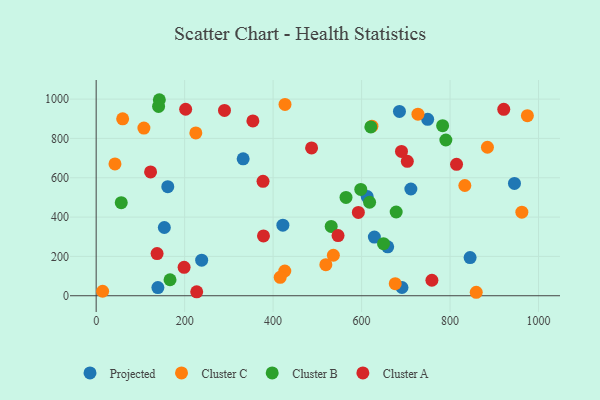
{"axis": {"x": "Study Hours", "y": "Yield"}, "legend": ["Cluster A", "Cluster B", "Cluster C", "Projected"], "data": [{"x": "711.4", "y": 542.8, "type": "Projected"}, {"x": "945.6", "y": 571.4, "type": "Projected"}, {"x": "659.0", "y": 248.7, "type": "Projected"}, {"x": "139.5", "y": 41.5, "type": "Projected"}, {"x": "422.1", "y": 359.0, "type": "Projected"}, {"x": "612.7", "y": 504.4, "type": "Projected"}, {"x": "154.1", "y": 347.1, "type": "Projected"}, {"x": "238.5", "y": 181.0, "type": "Projected"}, {"x": "685.6", "y": 937.1, "type": "Projected"}, {"x": "628.9", "y": 298.5, "type": "Projected"}, {"x": "691.3", "y": 41.8, "type": "Projected"}, {"x": "161.9", "y": 554.7, "type": "Projected"}, {"x": "749.4", "y": 897.3, "type": "Projected"}, {"x": "332.3", "y": 696.4, "type": "Projected"}, {"x": "845.3", "y": 193.9, "type": "Projected"}, {"x": "42.5", "y": 670.2, "type": "Cluster C"}, {"x": "962.3", "y": 425.0, "type": "Cluster C"}, {"x": "426.9", "y": 973.1, "type": "Cluster C"}, {"x": "426.4", "y": 125.8, "type": "Cluster C"}, {"x": "225.3", "y": 827.9, "type": "Cluster C"}, {"x": "676.1", "y": 61.5, "type": "Cluster C"}, {"x": "519.2", "y": 157.9, "type": "Cluster C"}, {"x": "107.9", "y": 852.4, "type": "Cluster C"}, {"x": "974.8", "y": 915.7, "type": "Cluster C"}, {"x": "14.6", "y": 22.8, "type": "Cluster C"}, {"x": "59.9", "y": 899.9, "type": "Cluster C"}, {"x": "833.4", "y": 560.5, "type": "Cluster C"}, {"x": "884.5", "y": 755.0, "type": "Cluster C"}, {"x": "536.2", "y": 205.8, "type": "Cluster C"}, {"x": "623.4", "y": 862.5, "type": "Cluster C"}, {"x": "727.4", "y": 923.1, "type": "Cluster C"}, {"x": "859.2", "y": 17.6, "type": "Cluster C"}, {"x": "416.0", "y": 93.4, "type": "Cluster C"}, {"x": "56.7", "y": 473.4, "type": "Cluster B"}, {"x": "678.2", "y": 425.9, "type": "Cluster B"}, {"x": "783.2", "y": 864.8, "type": "Cluster B"}, {"x": "620.9", "y": 858.6, "type": "Cluster B"}, {"x": "167.0", "y": 81.3, "type": "Cluster B"}, {"x": "142.8", "y": 996.8, "type": "Cluster B"}, {"x": "618.1", "y": 475.4, "type": "Cluster B"}, {"x": "531.3", "y": 352.7, "type": "Cluster B"}, {"x": "564.8", "y": 500.2, "type": "Cluster B"}, {"x": "141.1", "y": 962.9, "type": "Cluster B"}, {"x": "790.5", "y": 791.9, "type": "Cluster B"}, {"x": "649.6", "y": 265.0, "type": "Cluster B"}, {"x": "598.2", "y": 540.4, "type": "Cluster B"}, {"x": "759.0", "y": 78.7, "type": "Cluster A"}, {"x": "592.7", "y": 423.7, "type": "Cluster A"}, {"x": "354.3", "y": 889.1, "type": "Cluster A"}, {"x": "814.7", "y": 668.3, "type": "Cluster A"}, {"x": "377.2", "y": 581.8, "type": "Cluster A"}, {"x": "227.3", "y": 19.8, "type": "Cluster A"}, {"x": "921.4", "y": 947.8, "type": "Cluster A"}, {"x": "202.3", "y": 948.3, "type": "Cluster A"}, {"x": "703.4", "y": 683.4, "type": "Cluster A"}, {"x": "198.8", "y": 144.7, "type": "Cluster A"}, {"x": "487.0", "y": 751.8, "type": "Cluster A"}, {"x": "123.0", "y": 629.8, "type": "Cluster A"}, {"x": "690.2", "y": 734.1, "type": "Cluster A"}, {"x": "137.7", "y": 214.4, "type": "Cluster A"}, {"x": "378.2", "y": 304.3, "type": "Cluster A"}, {"x": "546.8", "y": 306.0, "type": "Cluster A"}, {"x": "290.1", "y": 942.2, "type": "Cluster A"}]}